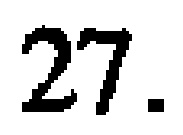
27